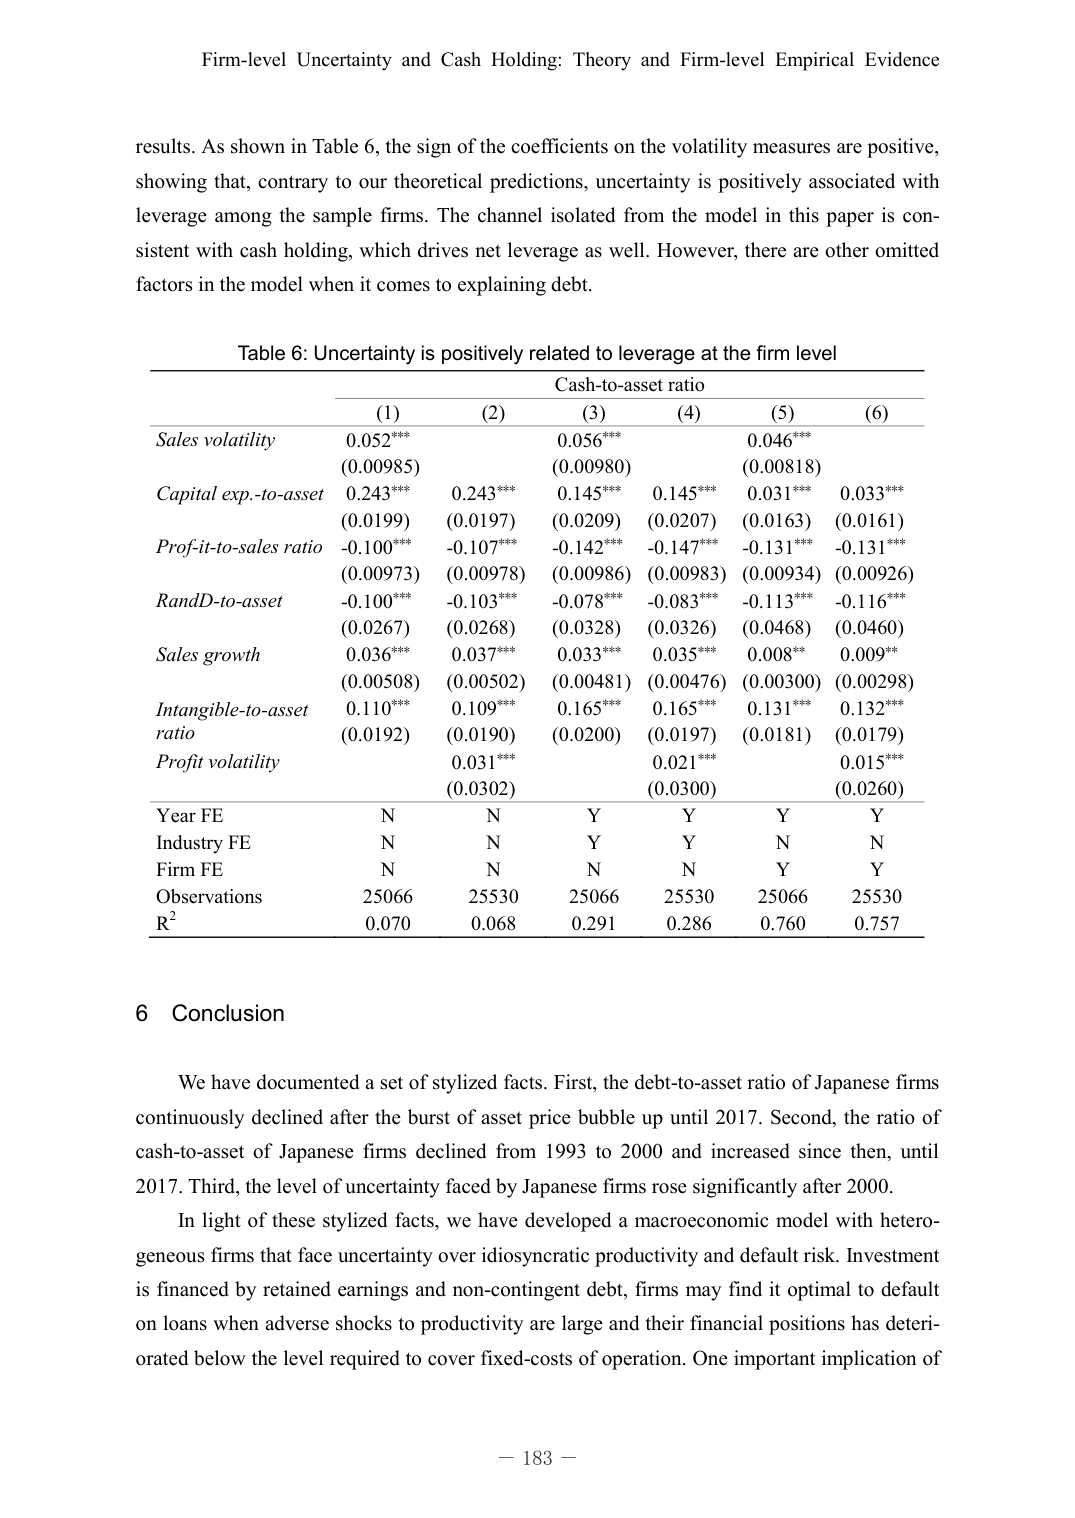
Firm-level Uncertainty and Cash Holding: Theory and Firm-level Empirical Evidence

results. As shown in Table 6, the sign of the coefficients on the volatility measures are positive, showing that, contrary to our theoretical predictions, uncertainty is positively associated with leverage among the sample firms. The channel isolated from the model in this paper is consistent with cash holding, which drives net leverage as well. However, there are other omitted factors in the model when it comes to explaining debt.

Table 6: Uncertainty is positively related to leverage at the firm level

Cash-to-asset ratio
(1)     (2)     (3)     (4)     (5)     (6)

Sales volatility         0.052***      0.056***      0.046***
                       (0.00985)     (0.00980)     (0.00818)

Capital exp.-to-asset   0.243***      0.243***      0.145***      0.145***      0.031***      0.033***
                       (0.0199)      (0.0197)      (0.0209)      (0.0207)      (0.0163)      (0.0161)

Profit-to-sales ratio   -0.100***     -0.107***     -0.142***     -0.147***     -0.131***     -0.131***
                       (0.00973)     (0.00978)     (0.00986)     (0.00983)     (0.00934)     (0.00926)

R&D-to-asset            -0.100***     -0.103***     -0.078***     -0.083***     -0.113***     -0.116***
                       (0.0267)      (0.0268)      (0.0328)      (0.0326)      (0.0468)      (0.0460)

Sales growth            0.036***      0.037***      0.033***      0.035***      0.008**       0.009**
                       (0.00508)     (0.00502)     (0.00481)     (0.00476)     (0.00300)     (0.00298)

Intangible-to-asset     0.110***      0.109***      0.165***      0.165***      0.131***      0.132***
ratio                   (0.0192)      (0.0190)      (0.0200)      (0.0197)      (0.0181)      (0.0179)

Profit volatility                       0.031***      0.021***      0.015***
                                       (0.0302)      (0.0300)      (0.0260)

Year FE                 N             N             Y             Y             Y             Y
Industry FE             N             N             Y             Y             N             N
Firm FE                 N             N             N             N             Y             Y
Observations            25066         25530         25066         25530         25066         25530
R²                      0.070         0.068         0.291         0.286         0.760         0.757

6 Conclusion

We have documented a set of stylized facts. First, the debt-to-asset ratio of Japanese firms continuously declined after the burst of asset price bubble up until 2017. Second, the ratio of cash-to-asset of Japanese firms declined from 1993 to 2000 and increased since then, until 2017. Third, the level of uncertainty faced by Japanese firms rose significantly after 2000.

In light of these stylized facts, we have developed a macroeconomic model with heterogeneous firms that face uncertainty over idiosyncratic productivity and default risk. Investment is financed by retained earnings and non-contingent debt, firms may find it optimal to default on loans when adverse shocks to productivity are large and their financial positions has deteriorated below the level required to cover fixed-costs of operation. One important implication of

— 183 —